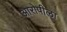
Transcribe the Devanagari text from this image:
आरोपीला